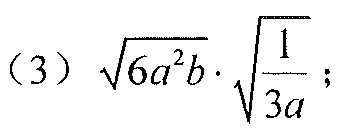
（3）\(\sqrt{6a^{2}b}\cdot\sqrt{\frac{1}{3a}}\)；